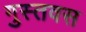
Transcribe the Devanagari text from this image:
गुस्तवस